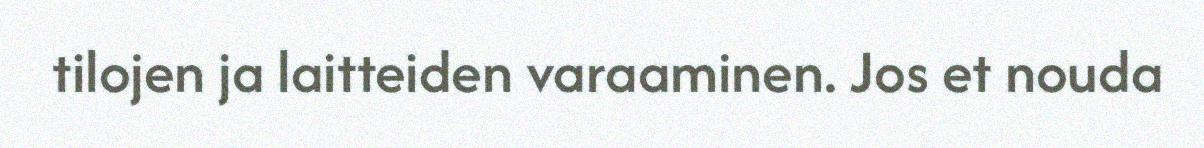
tilojen ja laitteiden varaaminen. Jos et nouda